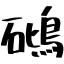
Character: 𥖧